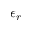
\epsilon _ { r }